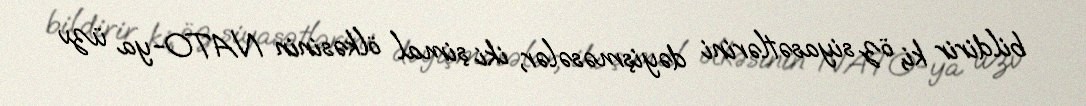
bildirir ki, öz siyasətlərini dəyişməsələr, iki şimal ölkəsinin NATO-ya üzv